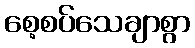
စေ့စပ်သေချာစွာ